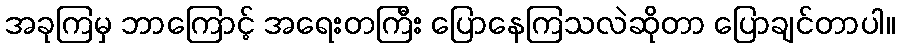
အခုကြမှ ဘာကြောင့် အရေးတကြီး ပြောနေကြသလဲဆိုတာ ပြောချင်တာပါ။